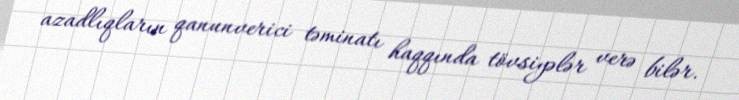
azadlıqların qanunverici təminatı haqqında tövsiyələr verə bilər.